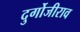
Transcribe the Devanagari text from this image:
दुर्गोजीराव